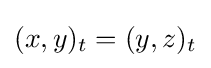
(x,y)_{t}=(y,z)_{t}